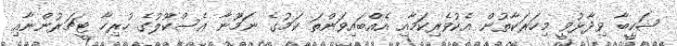
ޝަކީބާ ވިދާޅުވީ މިހަރަކާތުން އެކުވެރިކަމާއި އެއްބައިވަންތަ ކަމުގެ ނަމޫނާ އެސްކޫލުގެ ހުރިހާ ޓީޗަރުންނާއި